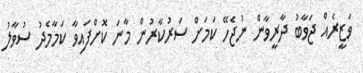
ވަޒީރެއް ޖަވާބު ދާރީވާން ނުޖެހޭ ކަމަށް ސަރުކާރުން މާނަ ކޮށްފައިވާ ކަމާމެދު ސުވާލު